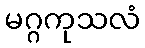
မဂ္ဂကုသလံ